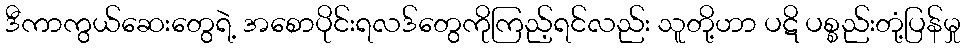
ဒီကာကွယ်ဆေးတွေရဲ့ အစောပိုင်းရလဒ်တွေကိုကြည့်ရင်လည်း သူတို့ဟာ ပဋိ ပစ္စည်းတုံ့ပြန်မှု